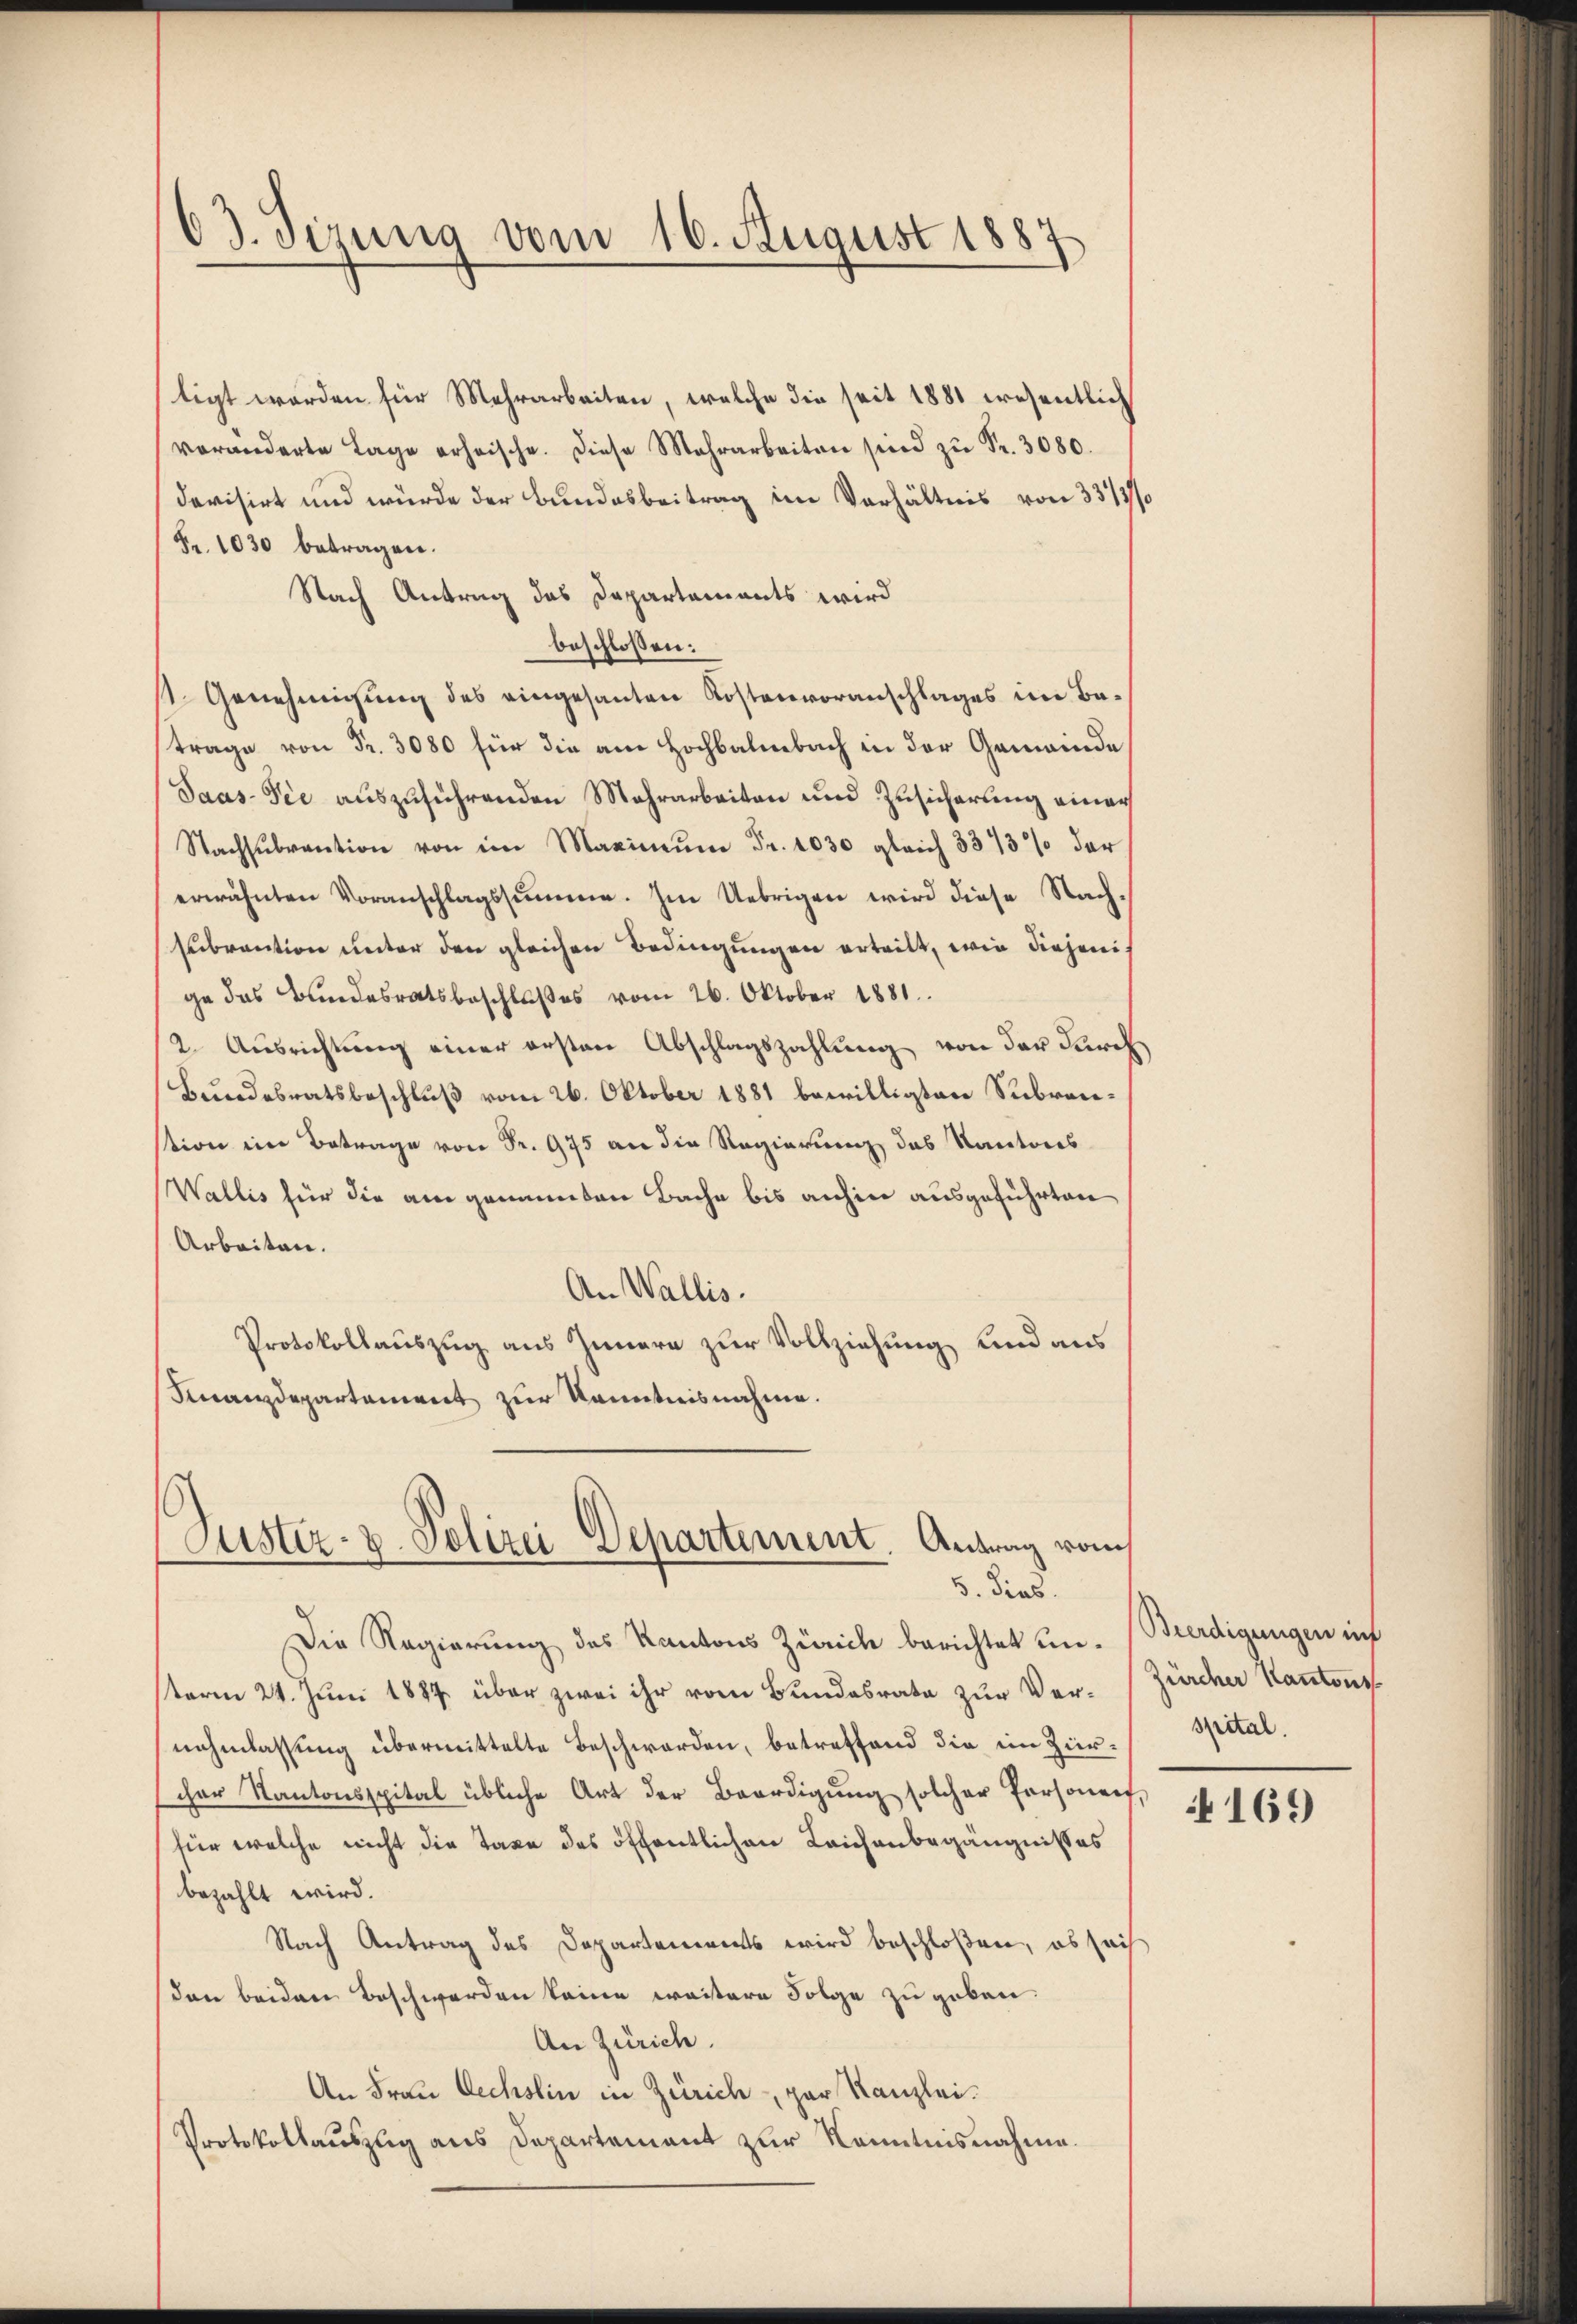
63. Sizung vom 16. August 1887

tigt worden für Mehrarbeiten, welche die seit 1881 wesentlich
veränderte Lage erheische. diese Mehrarbeiten sind zŭ Fr. 3080.
devisirt und würde der Bundesbeitrag im Verhältnis von 3313/
Fr. 1030 betragen.
Nach Antrag das Departaments wird
beschlossen:
st. Genehmigung des eingesanten Kostenvoranschlages im Batrage von Fr. 3080 für die am Hochbalmbach in der Gemeinde
Saas- Sie auszuführenden Mehrarbeiten und Zusicherung einer
Nachsŭbvention von im Maximŭm Fr. 1030 gleich 3373% der
erwähnten Voranschlagssumme. Im Uebrigen wird diese Nach-
Cubrantion unter den gleichen Bedingungen erteilt, wie diejeni
ge das Bundesratsbeschlußes vom 26. Oktober 1881.
2. Ausrichtung einer ersten Abschlagszahlung von der durch
Bundesratsbeschluß vom 26. Oktober 1881 bewilligten Subranstion im Betrage von Fr. 975 an die Regierung des Kantons
Wallis für die am genunten Bache bis anhin ausgeführten
Arbeiten.
An Wallis.
Protokollauszug aus Innern zur Vollziehung und aus
Finanzdepartement zur Kenntnisnahme.

Justiz- & Polizei-Departement. Antrag vom
5. dies

Die Regierung des Kantons Zürich berichtet unterm 24. Juni 1887 über zwei ihr vom Bundesrate zur Vernahmlassung übermittelte Beschwerden, betreffend die im Zürcher Kantonsspital übliche Art der Beerdigung solcher Personen,
für welche nicht die Taxe des öffentlichen Leichenbegängnisses
bezahlt wird.
Nach Antrag des Departements wird beschloßen, es sach
den beiden Beschwerden keine weitere Folge zu geben.
An Zürich.
An Frau Oechslin in Zürich, par Kanzlei.
Protokollauszug aus Departement zur Kenntnisnahme.

Beerdigungen inf
Zürcher Kantons
spital.

169